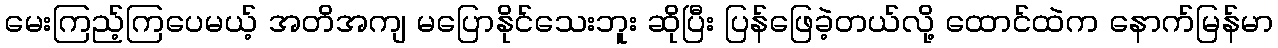
မေးကြည့်ကြပေမယ့် အတိအကျ မပြောနိုင်သေးဘူး ဆိုပြီး ပြန်ဖြေခဲ့တယ်လို့ ထောင်ထဲက နောက်မြန်မာ